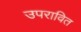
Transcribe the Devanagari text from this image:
उपरावित